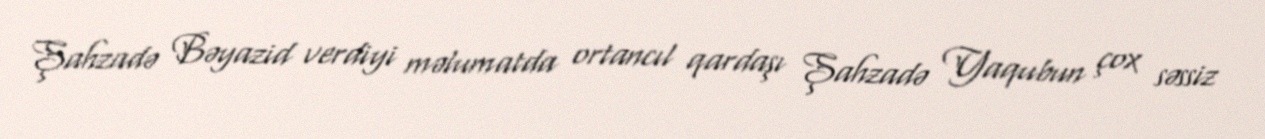
Şahzadə Bəyazid verdiyi məlumatda ortancıl qardaşı Şahzadə Yaqubun çox səssiz